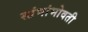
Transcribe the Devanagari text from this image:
स्तंभांभोवती